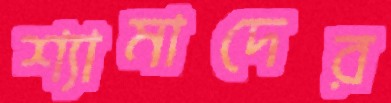
শ্যামাদের